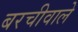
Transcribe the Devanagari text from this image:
बरचीवाले